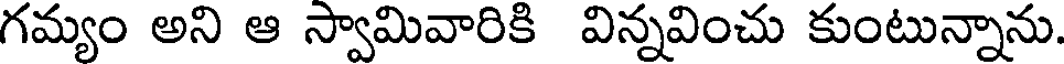
గమ్యం అని ఆ స్వామివారికి విన్నవించు కుంటున్నాను.